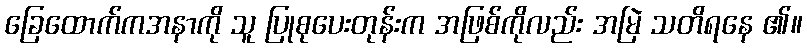
ခြေထောက်ကအနာကို သူ ပြုစုပေးတုန်းက အဖြစ်ကိုလည်း အမြဲ သတိရနေ ၏။